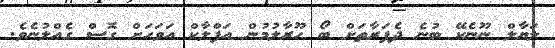
ލަޔާލް ނޫނެކޭ ބުނެ ދެފަރާތަށް ބޯ ހޫރާލުމުން އަފްލާކް އަވަހަށް ގޮސް ގެއްލުނެވެ.